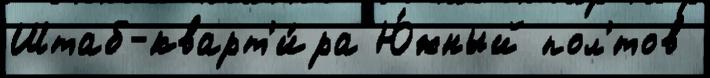
Штаб-кварт'и́ра Ю́жный пол'́тов